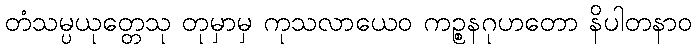
တံသမ္ပယုတ္တေသု တုမှာမှ ကုသလာယေဝ ကဉ္စနဂုဟတော နိပါတနာဝ